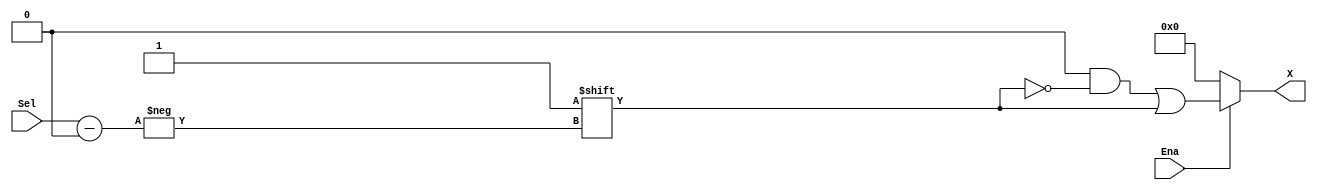
// Robert Gutmann
// 3/16/2008
// Generic Decoder
// Parameter 'M' is the number of address lines

module GenericDecoder( Sel, Ena, X );
  parameter M = 3;
  localparam N = 2**M;
  
  input [M-1:0]Sel;     // the 'address' lines
  input Ena;            // chip enable
  output reg [N-1:0]X;  // the output lines
  
  always @ ( Sel, Ena ) begin
    X = 0;
    if ( Ena ) begin
      X[Sel] = 1'b1;    // treat Sel as an index
    end
  end
  
endmodule